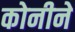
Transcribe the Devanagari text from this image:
कोनीने